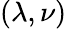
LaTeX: (\lambda,\nu)